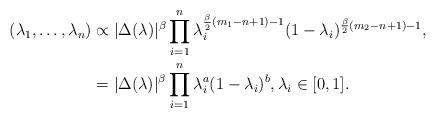
LaTeX: \begin{align*}(\lambda_1, \dots, \lambda_n) &\propto |\Delta(\lambda)|^\beta \prod_{i = 1}^n \lambda_i^{\frac{\beta}{2}(m_1 - n + 1) - 1} (1 - \lambda_i)^{\frac{\beta}{2}(m_2 - n + 1) - 1}, \\&= |\Delta(\lambda)|^\beta \prod_{i = 1}^n \lambda_i^{a} (1 - \lambda_i)^{b}, \lambda_i \in [0,1]. \end{align*}